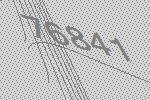
76841